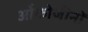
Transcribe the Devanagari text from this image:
ओंकोजीनों